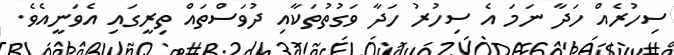
ސިހުރެއް ހަދާ ނަމަ އެ ސިހުރު ހަދާ ވަގުތުތަކާއި ދުވަސްތައް ތިރީގައި އެވަނީއެވެ.